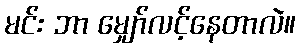
မင်း ဘာ မျှော်လင့်နေတာလဲ။